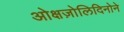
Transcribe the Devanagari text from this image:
ओक्षज़ोलिदिनोने